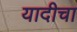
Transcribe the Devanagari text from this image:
यादीचा